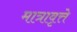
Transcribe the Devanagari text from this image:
मात्रावृत्ते